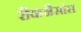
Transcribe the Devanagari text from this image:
रीकनैसांस